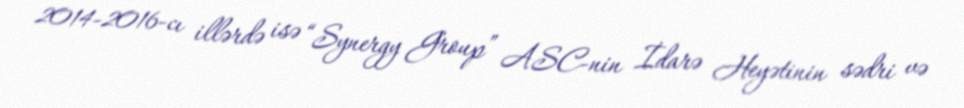
2014-2016-cı illərdə isə “Synergy Group” ASC-nin İdarə Heyətinin sədri və